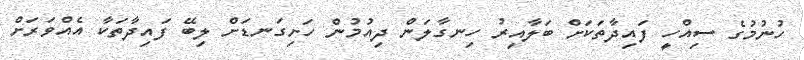
ހުނުމުގެ ސިއްހީ ފައިދާތަކަށް ބަލާއިރު ހިނގާލަން ދިއުމުން ހަށިގަނޑަށް ލިބޭ ފައިދާތަކާ އެއްވަރަށް